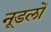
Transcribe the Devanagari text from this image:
नूडलों